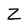
Character: Z